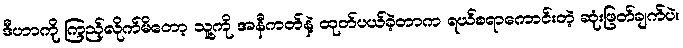
ဒီဟာကို ကြည့်လိုက်မိတော့ သူ့ကို အနီကတ်နဲ့ ထုတ်ပယ်ခဲ့တာက ရယ်စရာကောင်းတဲ့ ဆုံးဖြတ်ချက်ပဲ။